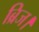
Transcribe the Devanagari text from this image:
ब्रिज।